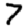
Digit: 7